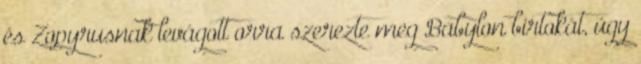
és Zopyrusnak levágott orra szerezte meg Babylon birtokát, úgy